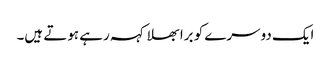
ایک دوسرے کو برا بھلا کہہ رہے ہوتے ہیں۔